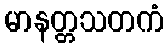
မာနတ္တသတကံ